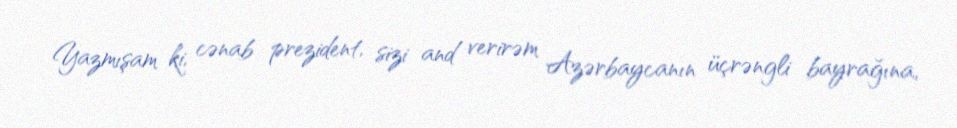
Yazmışam ki, cənab prezident, sizi and verirəm Azərbaycanın üçrəngli bayrağına,